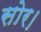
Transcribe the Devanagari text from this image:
सोर।